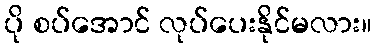
ပို စပ်အောင် လုပ်ပေးနိုင်မလား။